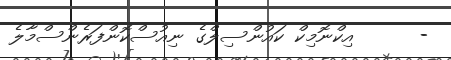
-      އިކްނޮމިކް ކައުންސިލްގެ ނިއުސްކޮންފަރެންސްމާލެ